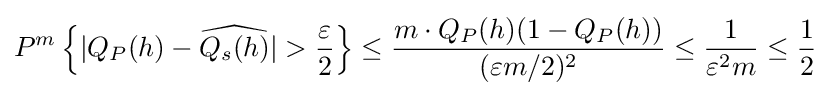
P^{m}\left\{|Q_{P}(h)-{\widehat {Q_{s}(h)}}|>{\frac {\varepsilon }{2}}\right\}\leq {\frac {m\cdot Q_{P}(h)(1-Q_{P}(h))}{(\varepsilon m/2)^{2}}}\leq {\frac {1}{\varepsilon ^{2}m}}\leq {\frac {1}{2}}